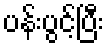
ပန်းပွင့်ပြီး